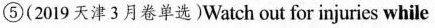
⑤ (2019 天津 3 月卷单选)Watch out for injuries while